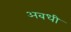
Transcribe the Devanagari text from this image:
अबधी